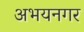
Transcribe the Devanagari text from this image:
अभयनगर